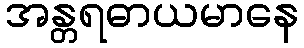
အန္တရဓာယမာနေ